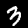
Digit: 3